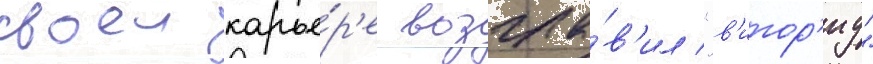
своеи карье́р'е возгла́в'ил "в'итор'иу"